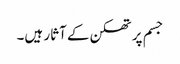
جسم پر تھکن کے آثار ہیں۔